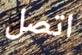
اتصل